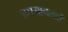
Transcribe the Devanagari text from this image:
असमानताऐं